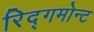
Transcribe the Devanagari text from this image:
रिद्गमोन्ट